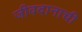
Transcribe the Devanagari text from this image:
जीवदानाची